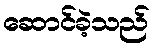
ဆောင်ခဲ့သည်